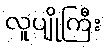
လူပျိုကြီး